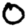
Digit: 0